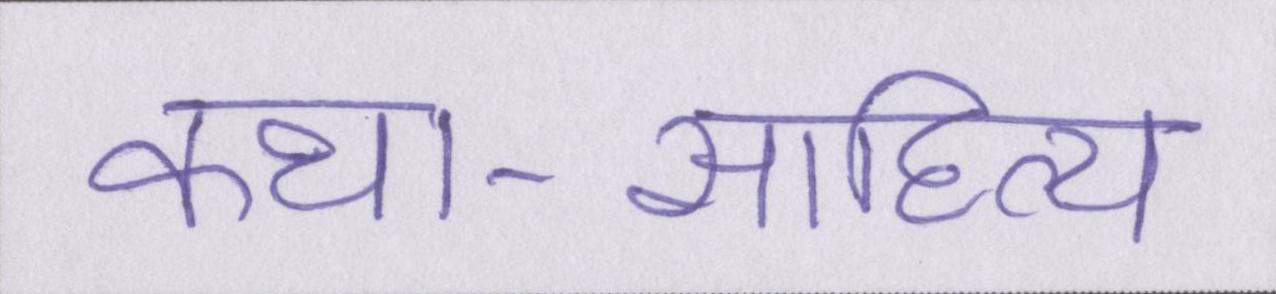
कथा-साहित्य